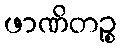
ဖာဏိတဉ္စ